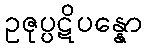
ဥဇုပ္ပဋိပန္နော